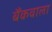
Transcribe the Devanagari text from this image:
बैंकवाला